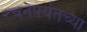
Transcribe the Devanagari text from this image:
रचनेपर्यंतच्या